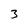
Character: 3